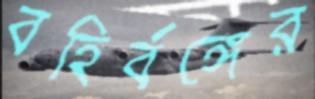
বহির্বঙ্গের